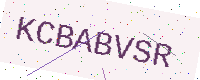
Text: KCBABVSR